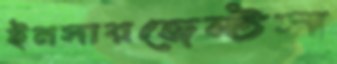
ইনসারজেন্টস